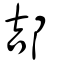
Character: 郆